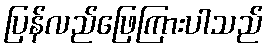
ပြန်လည်ဖြေကြားပါသည်